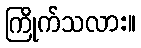
ကြိုက်သလား။